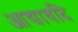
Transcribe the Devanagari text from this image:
आद्यावदि